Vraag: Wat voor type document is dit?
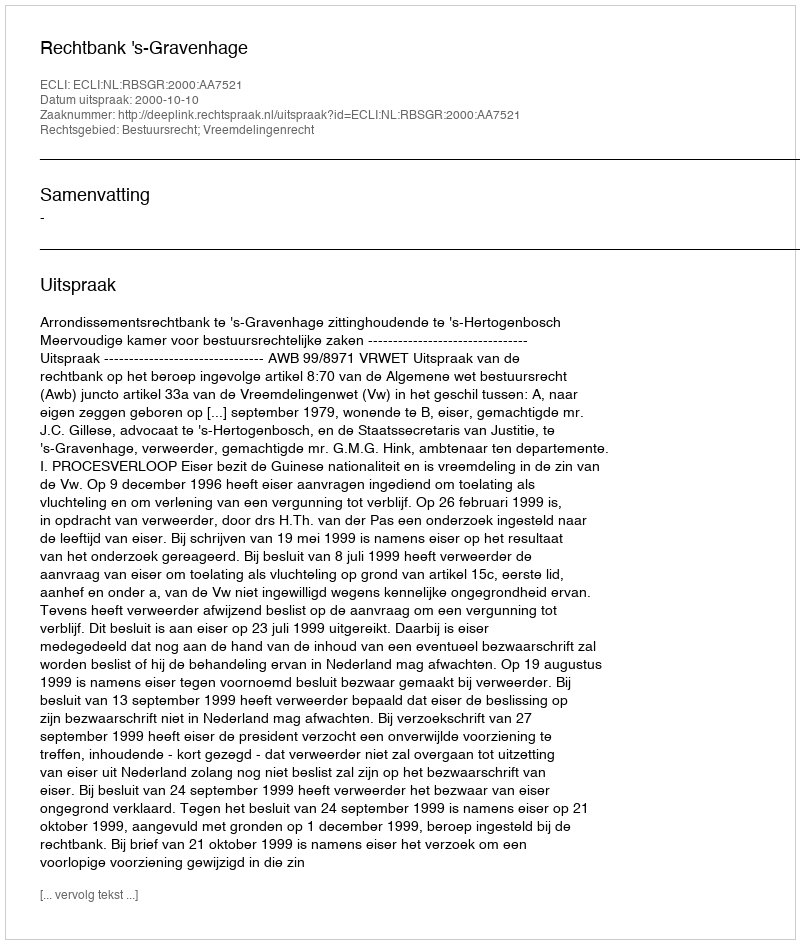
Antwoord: Uitspraak